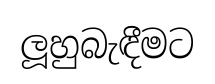
ලූහුබැඳීමට